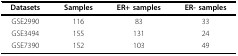
<table><thead><tr><td><b>Datasets</b></td><td><b>Samples</b></td><td><b>ER+ samples</b></td><td><b>ER- samples</b></td></tr></thead><tbody><tr><td>GSE2990</td><td>116</td><td>83</td><td>33</td></tr><tr><td>GSE3494</td><td>155</td><td>131</td><td>24</td></tr><tr><td>GSE7390</td><td>152</td><td>103</td><td>49</td></tr></tbody></table>